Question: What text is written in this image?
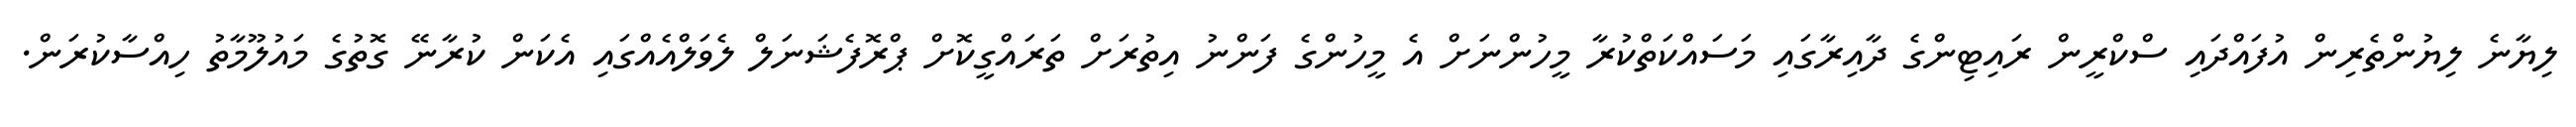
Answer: ލިޔާނެ ލިޔުންތެރިން އުފައްދައި ސްކްރީން ރައިޓިންގެ ދާއިރާގައި މަސައްކަތްކުރާ މީހުންނަށް އެ މީހުންގެ ފަންނު އިތުރަށް ތަރައްގީކޮށް ޕްރޮފެޝަނަލް ލެވަލްއެއްގައި އެކަން ކުރާނޭ ގޮތުގެ މައުލޫމާތު ހިއްސާކުރަން.